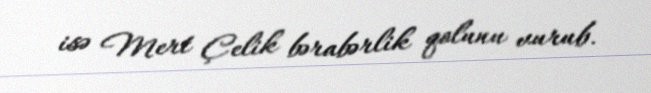
isə Mert Çelik bərabərlik qolunu vurub.